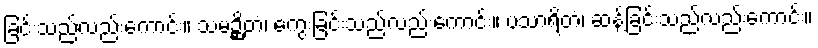
ခြင်းသည်လည်းကောင်း။ သမဉ္ဆိတံ၊ ကွေးခြင်းသည်လည်းကောင်း။ ပသာရိတံ၊ ဆန့်ခြင်းသည်လည်းကောင်း။